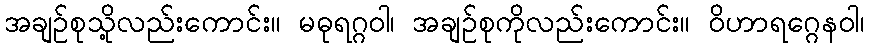
အချဉ်စုသို့လည်းကောင်း။ မဓုရဂ္ဂဝါ၊ အချဉ်စုကိုလည်းကောင်း။ ဝိဟာရဂ္ဂေနဝါ၊